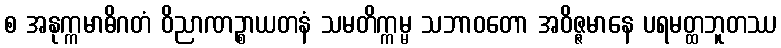
စ အနုက္ကမာဓိဂတံ ဝိညာဏဉ္စာယတနံ သမတိက္ကမ္မ သဘာဝတော အဝိဇ္ဇမာနေ ပရမတ္ထဘူတဿ